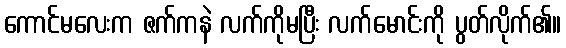
ကောင်မလေးက ဇက်ကနဲ လက်ကိုမပြီး လက်မောင်းကို ပွတ်လိုက်၏။